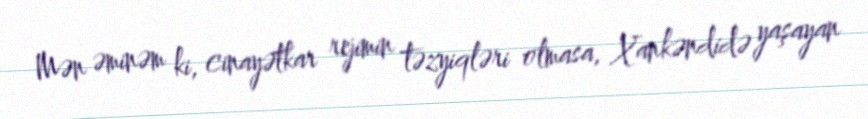
Mən əminəm ki, cinayətkar rejimin təzyiqləri olmasa, Xankəndidə yaşayan